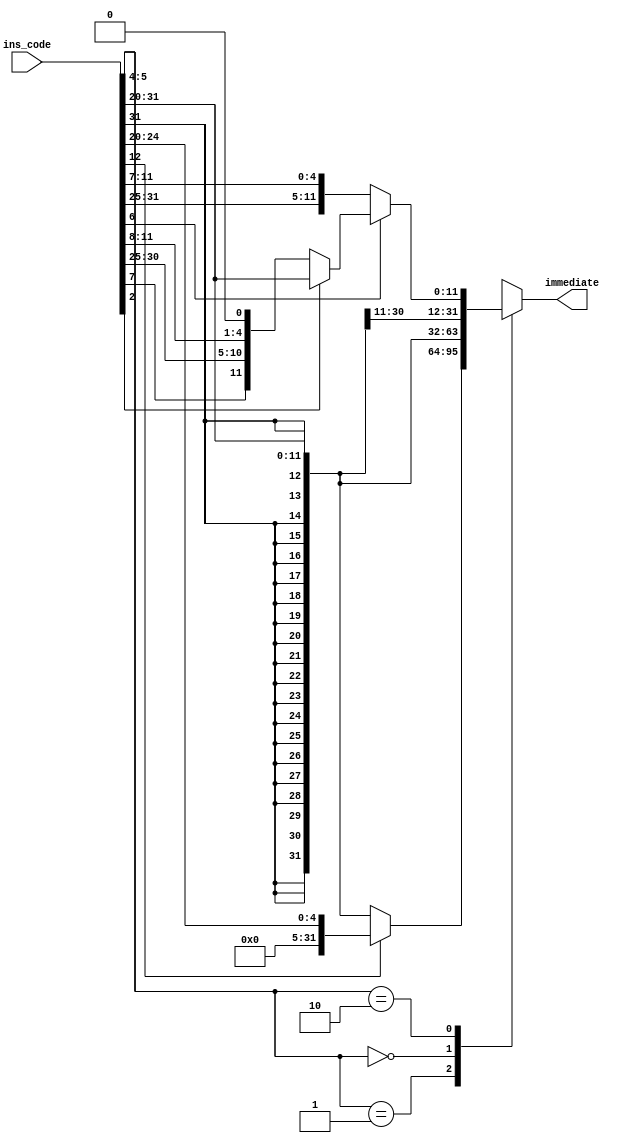
`timescale 1ns / 1ps
//////////////////////////////////////////////////////////////////////////////////
// Company: 
// 
// Design Name: 
// Module Name:    imm_gen 
// Project Name: RISC V Processor Design
// Target Devices: 
// Tool versions: 
// Description: 
//
// Dependencies: 
//
// Revision: 
// Revision 0.01 - File Created
// Additional Comments: 
//
//////////////////////////////////////////////////////////////////////////////////
module imm_gen(input [31:0] ins_code, output reg [31:0] immediate
    );
	 
always@(ins_code)
begin
case(ins_code[5:4])
2'b01:
begin
if(ins_code[12]==0)
immediate={{20{ins_code[31]}},ins_code[31:20]};
else
immediate={27'b0,ins_code[24:20]};
end
2'b00:immediate={{20{ins_code[31]}},ins_code[31:20]};
2'b10:
begin
if(ins_code[6]==0)
immediate={{20{ins_code[31]}},ins_code[31:25],ins_code[11:7]};
else
begin
immediate=ins_code[2]?{{20{ins_code[31]}},ins_code[31:20]}:{{20{ins_code[31]}},ins_code[7],ins_code[30:25],ins_code[11:8],1'b0};
end
end
default:immediate=32'bx;
endcase
end

endmodule